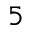
5